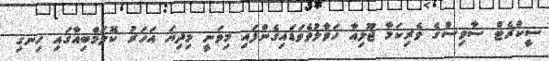
ސީކްރެޓް ސާވިސްގެ ވެރިކަމާ ޖޫލިއާ ހަވާލުވެވަޑައިގެންފައި މިވަނީ މިދިޔަ އަހަރު ކޮލަމްބިއާގައި ހިނގި